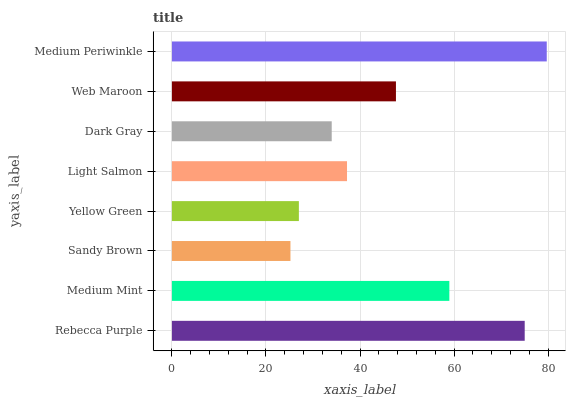
| yaxis_label | bars |
 | --- | --- |
 | Rebecca Purple | 75 |
 | Medium Mint | 59 |
 | Sandy Brown | 25.2 |
 | Yellow Green | 27 |
 | Light Salmon | 37.2 |
 | Dark Gray | 34 |
 | Web Maroon | 47.6 |
 | Medium Periwinkle | 79.7 |